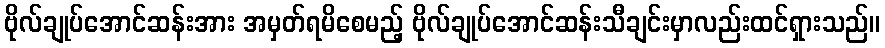
ဗိုလ်ချုပ်အောင်ဆန်းအား အမှတ်ရမိစေမည့် ဗိုလ်ချုပ်အောင်ဆန်းသီချင်းမှာလည်းထင်ရှားသည်။